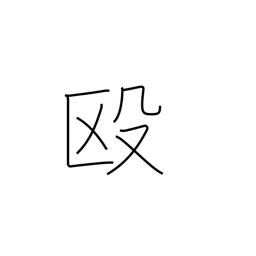
Meaning: beat